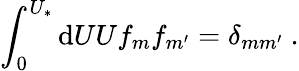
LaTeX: \int_{0}^{U_{*}}\mathrm{d}UUf_{m}f_{m^{\prime}}=\delta_{mm^{\prime}}~.